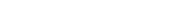
٥٥